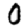
Digit: 0